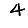
Digit: 4